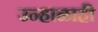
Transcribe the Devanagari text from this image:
उन्हाळाही